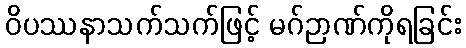
ဝိပဿနာသက်သက်ဖြင့် မဂ်ဉာဏ်ကိုရခြင်း